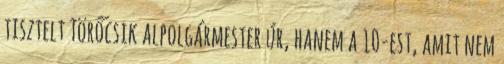
tisztelt Törőcsik alpolgármester úr, hanem a 10-est, amit nem